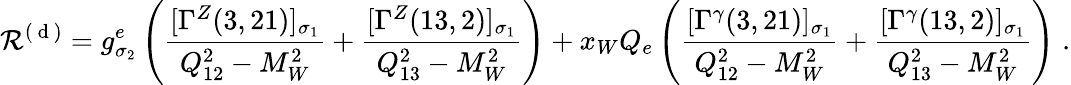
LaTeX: {\cal R}^{(\mathrm{~d~})}=g_{\sigma_{2}}^{e}\left(\frac{[\Gamma^{Z}(3,21)]_{\sigma_{1}}}{Q_{12}^{2}-M_{W}^{2}}+\frac{[\Gamma^{Z}(13,2)]_{\sigma_{1}}}{Q_{13}^{2}-M_{W}^{2}}\right)+x_{W}Q_{e}\left(\frac{[\Gamma^{\gamma}(3,21)]_{\sigma_{1}}}{Q_{12}^{2}-M_{W}^{2}}+\frac{[\Gamma^{\gamma}(13,2)]_{\sigma_{1}}}{Q_{13}^{2}-M_{W}^{2}}\right)\; .